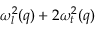
\omega _ { l } ^ { 2 } ( q ) + 2 \omega _ { t } ^ { 2 } ( q )